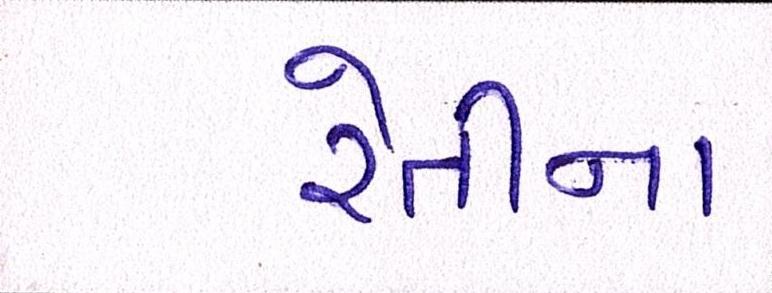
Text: રેતીના